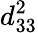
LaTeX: d_{33}^{2}